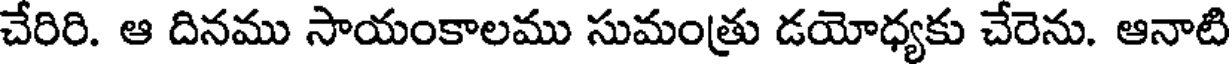
చేరిరి. ఆ దినము సాయంకాలము సుమంత్రు డయోధ్యకు చేరెను. ఆనాటి